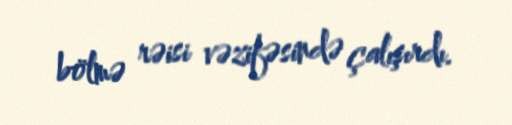
bölmə rəisi vəzifəsində çalışırdı.